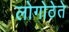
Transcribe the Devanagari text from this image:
लोगोठेते